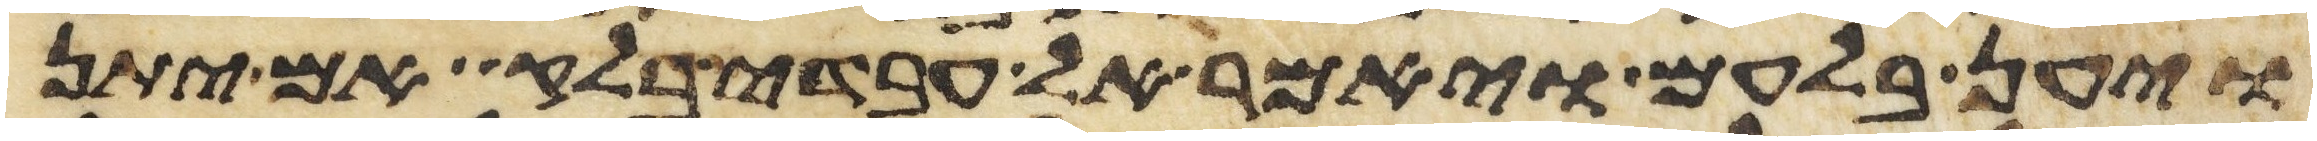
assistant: ויען בלעם ויאמר אל עבדי בלק אם יתן